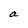
Character: a